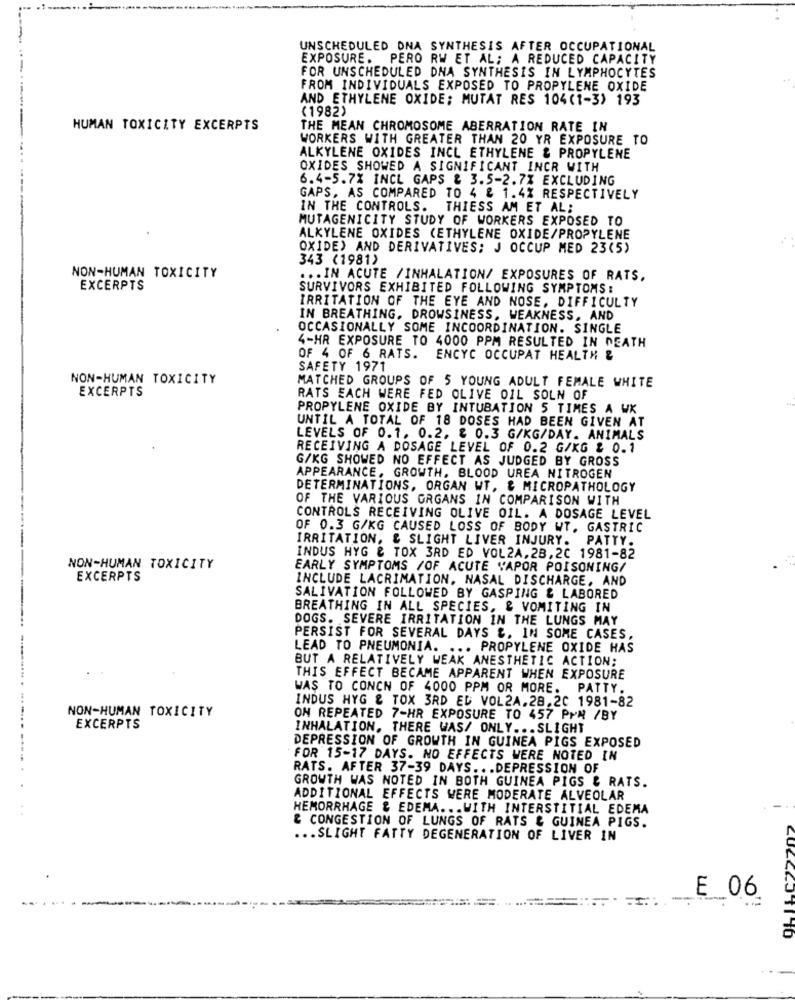
UNSCHEDULED DNA SYNTHESIS AFTER OCCUPATIONAL
EXPOSURE. PERO RW ET AL; A REDUCED CAPACITY
FOR UNSCHEDULED DNA SYNTHESIS IN LYMPHOCYTES
FROM INDIVIDUALS EXPOSED TO PROPYLENE OXIDE
AND ETHYLENE OXIDE; MUTAT RES 104(1-3) 193
(1982)
HUMAN TOXICITY EXCERPTS
THE MEAN CHROMOSOME ABERRATION RATE IN
WORKERS WITH GREATER THAN 20 YR EXPOSURE TO
ALKYLENE OXIDES INCL ETHYLENE & PROPYLENE
OXIDES SHOWED A SIGNIFICANT INCR WITH
6.4-5.7% INCL GAPS & 3.5-2.7% EXCLUDING
GAPS, AS COMPARED TO 4 & 1.4% RESPECTIVELY
IN THE CONTROLS. THIESS AM ET AL;
MUTAGENICITY STUDY OF WORKERS EXPOSED TO
ALKYLENE OXIDES (ETHYLENE OXIDE/PROPYLENE
OXIDE) AND DERIVATIVES; J OCCUP MED 23(5)
343 (1981)
NON-HUMAN TOXICITY
... IN ACUTE /INHALATION/ EXPOSURES OF RATS,
EXCERPTS
SURVIVORS EXHIBITED FOLLOWING SYMPTOMS :
IRRITATION OF THE EYE AND NOSE, DIFFICULTY
IN BREATHING. DROWSINESS, WEAKNESS, AND
OCCASIONALLY SOME INCOORDINATION. SINGLE
4-HR EXPOSURE TO 4000 PPM RESULTED IN DEATH
OF 4 OF 6 RATS. ENCYC OCCUPAT HEALTH &
SAFETY 1971
NON-HUMAN TOXICITY
EXCERPTS
MATCHED GROUPS OF 5 YOUNG ADULT FEMALE WHITE
RATS EACH WERE FED OLIVE OIL SOLN OF
PROPYLENE OXIDE BY INTUBATION 5 TIMES A WK
UNTIL A TOTAL OF 18 DOSES HAD BEEN GIVEN AT
LEVELS OF 0.1. 0.2. & 0.3 G/KG/DAY. ANIMALS
RECEIVING A DOSAGE LEVEL OF 0.2 G/KG & 0.1
G/KG SHOWED NO EFFECT AS JUDGED BY GROSS
APPEARANCE, GROWTH. BLOOD UREA NITROGEN
DETERMINATIONS, ORGAN WT, & MICROPATHOLOGY
OF THE VARIOUS ORGANS IN COMPARISON WITH
CONTROLS RECEIVING OLIVE OIL. A DOSAGE LEVEL
OF 0.3 G/KG CAUSED LOSS OF BODY WT. GASTRIC
IRRITATION, & SLIGHT LIVER INJURY. PATTY.
INDUS HYG & TOX 3RD ED VOL2A,28,20 1981-82
NON-HUMAN TOXICITY
EARLY SYMPTOMS /OF ACUTE "APOR POISONING/
EXCERPTS
INCLUDE LACRIMATION. NASAL DISCHARGE, AND
SALIVATION FOLLOWED BY GASPING & LABORED
BREATHING IN ALL SPECIES, & VOMITING IN
DOGS. SEVERE IRRITATION IN THE LUNGS MAY
PERSIST FOR SEVERAL DAYS &. IN SOME CASES,
LEAD TO PNEUMONIA. ... PROPYLENE OXIDE HAS
BUT A RELATIVELY WEAK ANESTHETIC ACTION:
THIS EFFECT BECAME APPARENT WHEN EXPOSURE
WAS TO CONCN OF 4000 PPM OR MORE. PATTY.
NON-HUMAN TOXICITY
INDUS HYG & TOX 3RD ED VOL2A.28.20 1981-82
ON REPEATED 7-HR EXPOSURE TO 457 PMN /BY
EXCERPTS
INHALATION, THERE WAS/ ONLY ... SLIGHT
DEPRESSION OF GROWTH IN GUINEA PIGS EXPOSED
FOR 15-17 DAYS. NO EFFECTS WERE NOTED IN
RATS. AFTER 37-39 DAYS ... DEPRESSION OF
GROWTH WAS NOTED IN BOTH GUINEA PIGS & RATS.
ADDITIONAL EFFECTS WERE MODERATE ALVEOLAR
HEMORRHAGE & EDEMA ... WITH INTERSTITIAL EDEMA
& CONGESTION OF LUNGS OF RATS & GUINEA PIGS.
... SLIGHT FATTY DEGENERATION OF LIVER IN
E 06
CUECCOTI 10